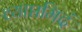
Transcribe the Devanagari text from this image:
व्याप्तमिदं